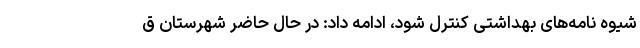
شیوه نامه‌های بهداشتی کنترل شود، ادامه داد: در حال حاضر شهرستان ق